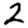
Digit: 2